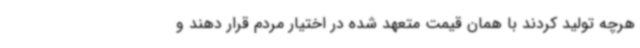
هرچه تولید کردند با همان قیمت متعهد شده در اختیار مردم قرار دهند و